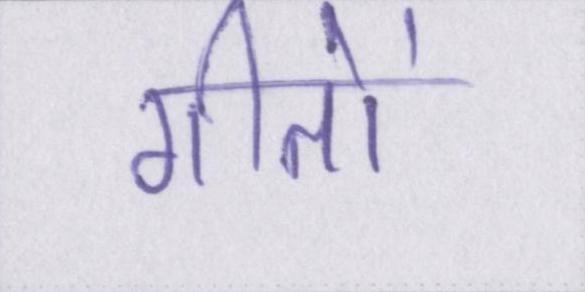
गीतों